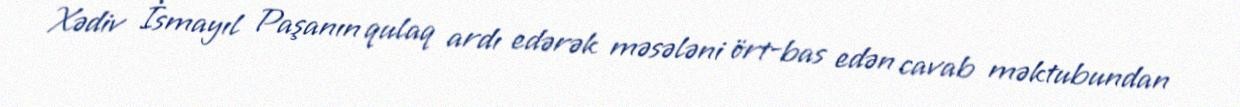
Xədiv İsmayıl Paşanın qulaq ardı edərək məsələni ört-bas edən cavab məktubundan